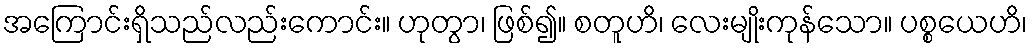
အကြောင်းရှိသည်လည်းကောင်း။ ဟုတွာ၊ ဖြစ်၍။ စတူဟိ၊ လေးမျိုးကုန်သော။ ပစ္စယေဟိ၊